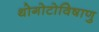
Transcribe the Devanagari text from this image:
थोगोटोविषाणु